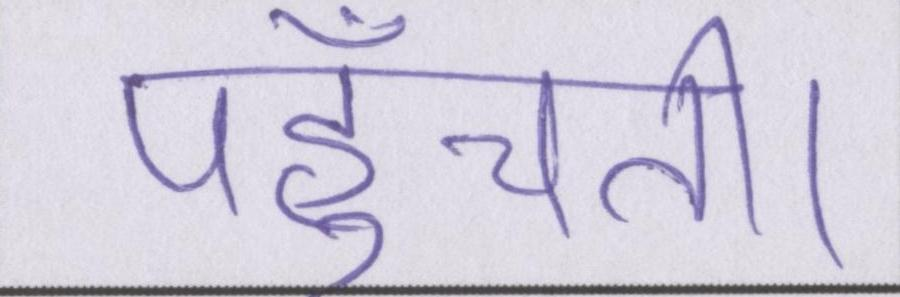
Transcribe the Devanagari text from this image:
पहुँचती।